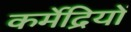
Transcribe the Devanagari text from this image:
कर्मेद्रियों